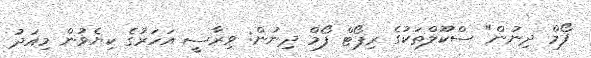
ފޯމް ދިނުން" ސްކޫލްތަކުގެ ރިޕޯޓް ފޯމް ދިނުން: ވިރާސީ އަހަރުގެ ކިޔެވުން މިއަދު